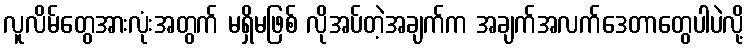
လူလိမ်တွေအားလုံးအတွက် မရှိမဖြစ် လိုအပ်တဲ့အချက်က အချက်အလက်ဒေတာတွေပါပဲလို့